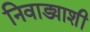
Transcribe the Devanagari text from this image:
निवाड्याशी